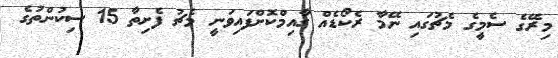
މިރޭގެ ސެމީގެ މެޗުގައި ނޭމާ ރެކޯޑެއް ގާއިމްކޮށްފައިވަނީ މެޗު ފެށިތާ 15 ސިކުންތުގެ